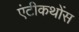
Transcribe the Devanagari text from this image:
एंटीकथोंस